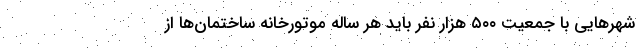
شهر‌هایی با جمعیت ۵۰۰ هزار نفر باید هر ساله موتورخانه ساختمان‌ها از